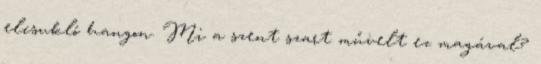
elcsukló hangon. Mi a szent szart művelt ez magával?